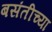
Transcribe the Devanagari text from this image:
बसंतीच्या